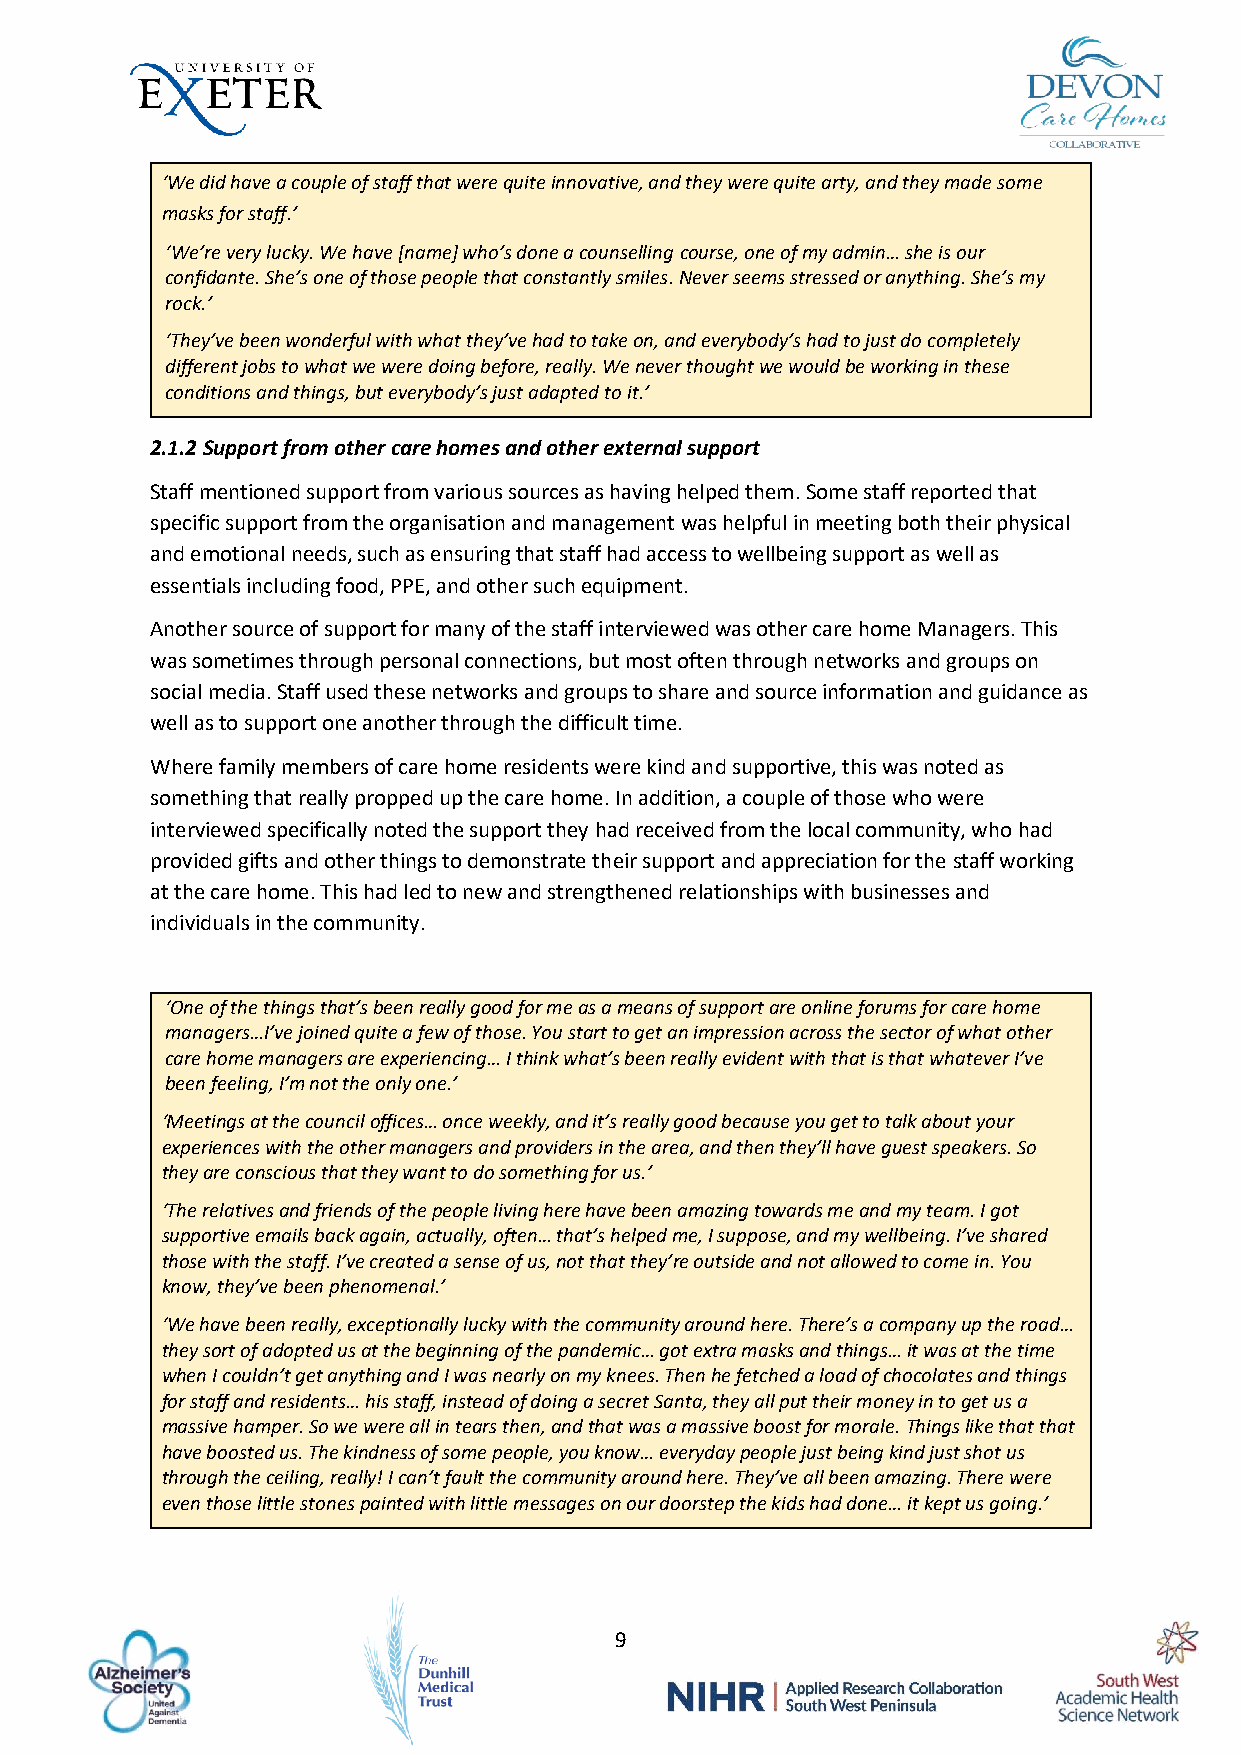
‘We did have a couple of staff that were quite innovative, and they were quite arty, and they made some
 masks for staff.’
 ‘We’re very lucky. We have [name] who’s done a counselling course, one of my admin… she is our
 confidante. She’s one of those people that constantly smiles. Never seems stressed or anything. She’s my
 rock.’
 ‘They’ve been wonderful with what they’ve had to take on, and everybody’s had to just do completely
 different jobs to what we were doing before, really. We never thought we would be working in these
 conditions and things, but everybody’s just adapted to it.’
 2.1.2 Support from other care homes and other external support
 Staff mentioned support from various sources as having helped them. Some staff reported that
 specific support from the organisation and management was helpful in meeting both their physical
 and emotional needs, such as ensuring that staff had access to wellbeing support as well as
 essentials including food, PPE, and other such equipment.
 Another source of support for many of the staff interviewed was other care home Managers. This
 was sometimes through personal connections, but most often through networks and groups on
 social media. Staff used these networks and groups to share and source information and guidance as
 well as to support one another through the difficult time.
 Where family members of care home residents were kind and supportive, this was noted as
 something that really propped up the care home. In addition, a couple of those who were
 interviewed specifically noted the support they had received from the local community, who had
 provided gifts and other things to demonstrate their support and appreciation for the staff working
 at the care home. This had led to new and strengthened relationships with businesses and
 individuals in the community.
 ‘One of the things that’s been really good for me as a means of support are online forums for care home
 managers…I’ve joined quite a few of those. You start to get an impression across the sector of what other
 care home managers are experiencing… I think what’s been really evident with that is that whatever I’ve
 been feeling, I’m not the only one.’
 ‘Meetings at the council offices… once weekly, and it’s really good because you get to talk about your
 experiences with the other managers and providers in the area, and then they’ll have guest speakers. So
 they are conscious that they want to do something for us.’
 ‘The relatives and friends of the people living here have been amazing towards me and my team. I got
 supportive emails back again, actually, often… that’s helped me, I suppose, and my wellbeing. I’ve shared
 those with the staff. I’ve created a sense of us, not that they’re outside and not allowed to come in. You
 know, they’ve been phenomenal.’
 ‘We have been really, exceptionally lucky with the community around here. There’s a company up the road…
 they sort of adopted us at the beginning of the pandemic… got extra masks and things… it was at the time
 when I couldn’t get anything and I was nearly on my knees. Then he fetched a load of chocolates and things
 for staff and residents… his staff, instead of doing a secret Santa, they all put their money in to get us a
 massive hamper. So we were all in tears then, and that was a massive boost for morale. Things like that that
 have boosted us. The kindness of some people, you know… everyday people just being kind just shot us
 through the ceiling, really! I can’t fault the community around here. They’ve all been amazing. There were
 even those little stones painted with little messages on our doorstep the kids had done… it kept us going.’
 9